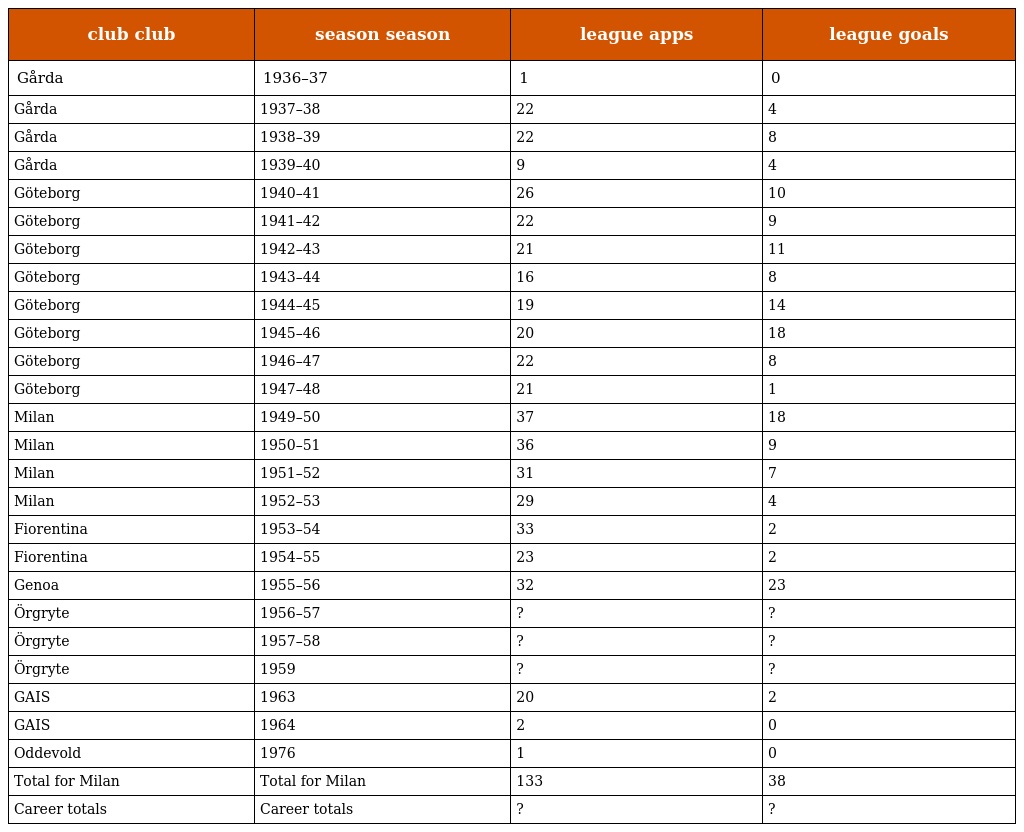
| club club | season season | league apps | league goals |
 | --- | --- | --- | --- |
 | Gårda | 1936–37 | 1 | 0 |
 | Gårda | 1937–38 | 22 | 4 |
 | Gårda | 1938–39 | 22 | 8 |
 | Gårda | 1939–40 | 9 | 4 |
 | Göteborg | 1940–41 | 26 | 10 |
 | Göteborg | 1941–42 | 22 | 9 |
 | Göteborg | 1942–43 | 21 | 11 |
 | Göteborg | 1943–44 | 16 | 8 |
 | Göteborg | 1944–45 | 19 | 14 |
 | Göteborg | 1945–46 | 20 | 18 |
 | Göteborg | 1946–47 | 22 | 8 |
 | Göteborg | 1947–48 | 21 | 1 |
 | Milan | 1949–50 | 37 | 18 |
 | Milan | 1950–51 | 36 | 9 |
 | Milan | 1951–52 | 31 | 7 |
 | Milan | 1952–53 | 29 | 4 |
 | Fiorentina | 1953–54 | 33 | 2 |
 | Fiorentina | 1954–55 | 23 | 2 |
 | Genoa | 1955–56 | 32 | 23 |
 | Örgryte | 1956–57 | ? | ? |
 | Örgryte | 1957–58 | ? | ? |
 | Örgryte | 1959 | ? | ? |
 | GAIS | 1963 | 20 | 2 |
 | GAIS | 1964 | 2 | 0 |
 | Oddevold | 1976 | 1 | 0 |
 | Total for Milan | Total for Milan | 133 | 38 |
 | Career totals | Career totals | ? | ? |